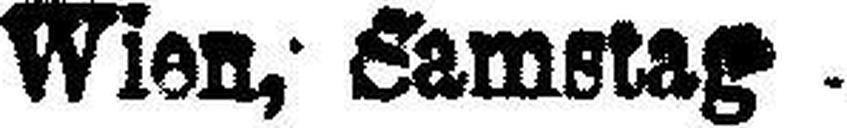
Wien,- Samstag.